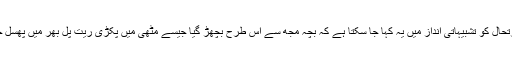
اس صورتحال کو تشبیہاتی انداز میں یہ کہا جا سکتا ہے کہ بچّہ مجھ سے اس طرح بچھڑ گیا جیسے مٹھی میں پکڑی ریت پل بھر میں پھسل جاتی ہے۔